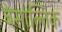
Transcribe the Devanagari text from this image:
बेसाल्तिक